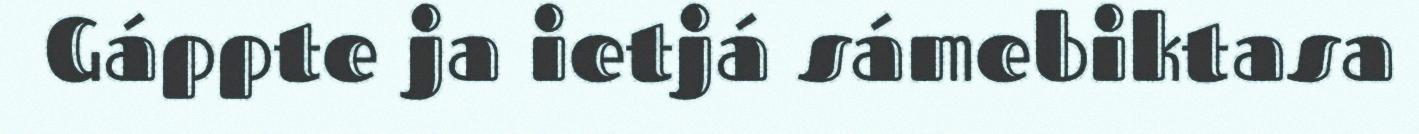
Gáppte ja ietjá sámebiktasa